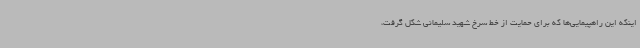
اینکه این راهپیمایی‌ها که برای حمایت از خط سرخ شهید سلیمانی شکل گرفت،